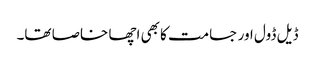
ڈیل ڈول اور جسامت کا بھی اچھا خاصا تھا۔